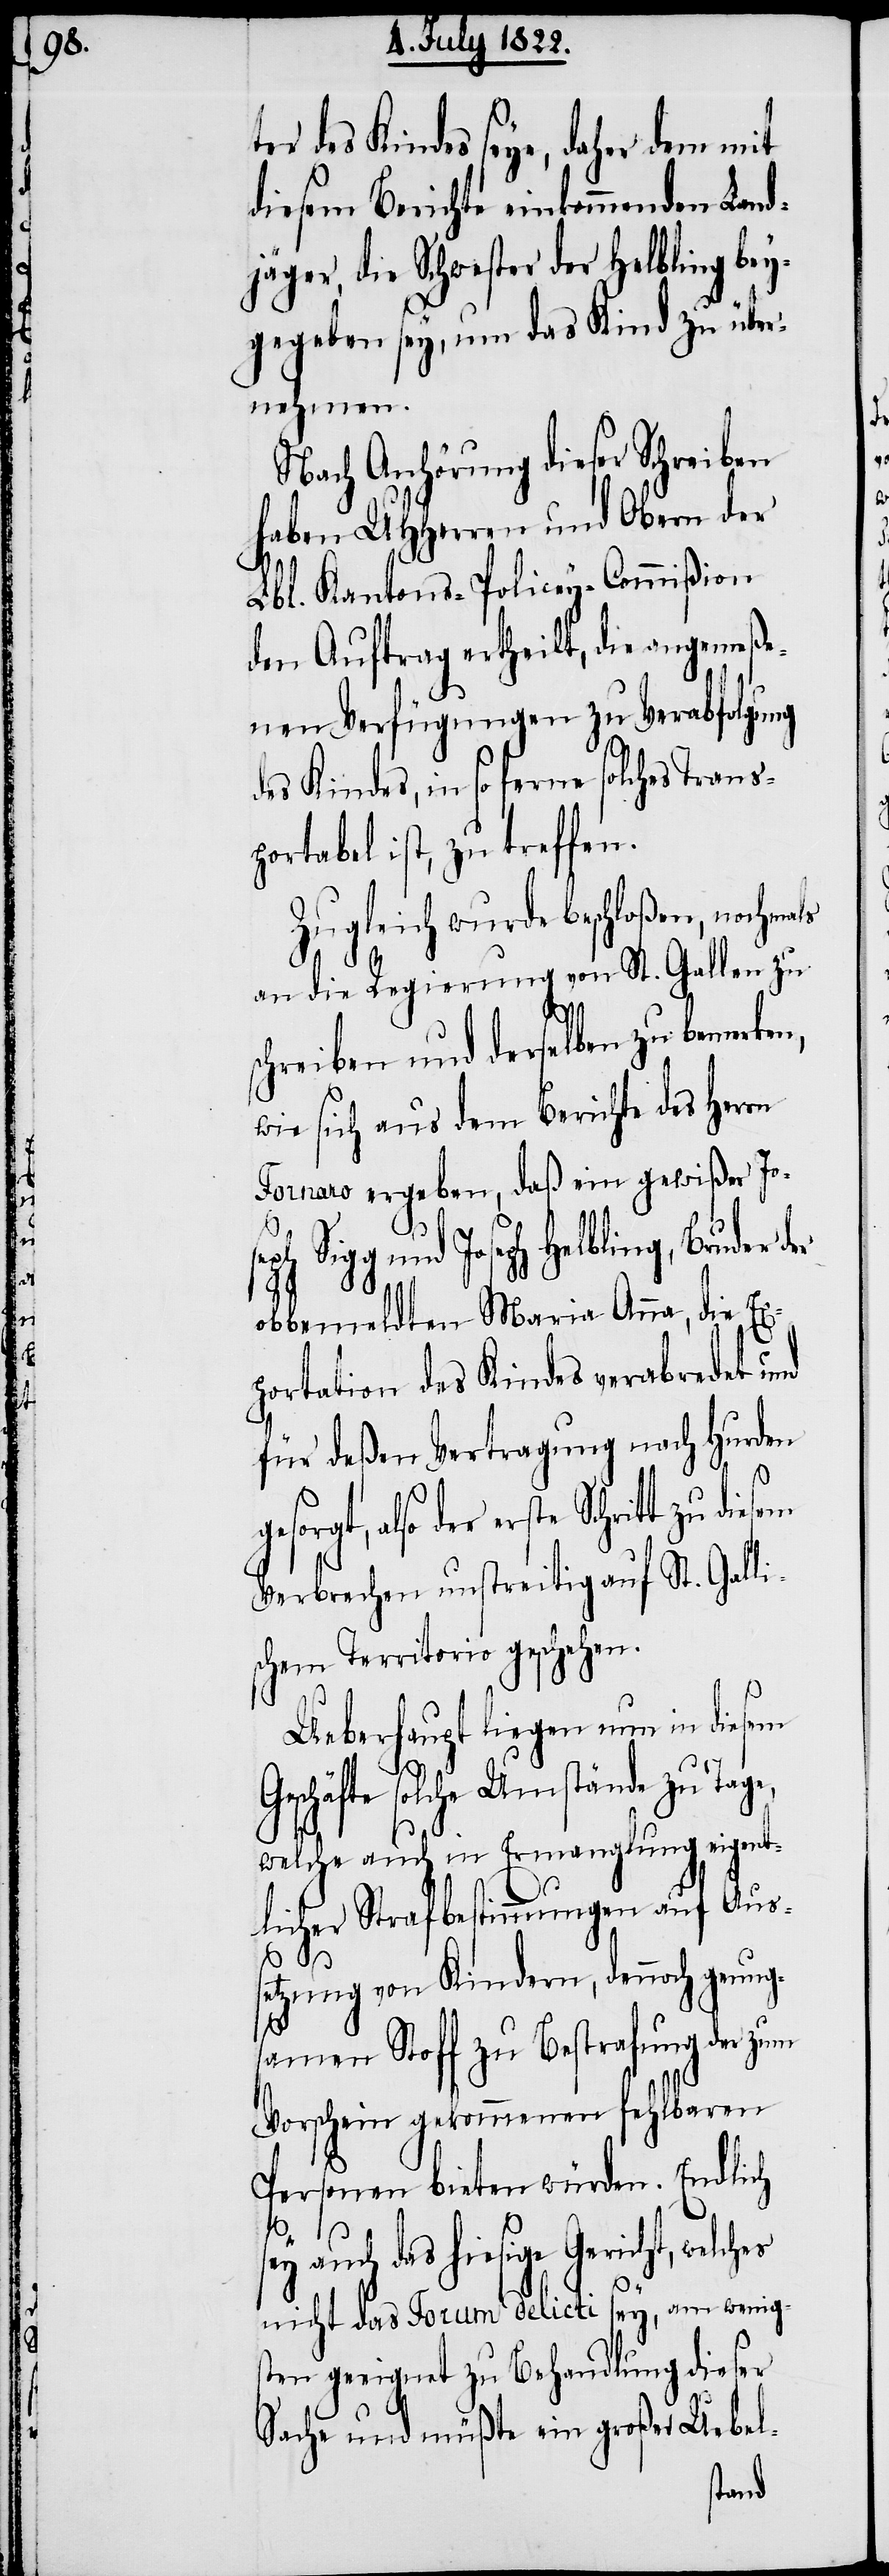
er des Kindes seye, daher dem mit
diesem Berichte einkommenden Land¬
jäger, die Schwester der Helbling bey¬
gegeben sey, um das Kind zu über¬
nehmen.
Nach Anhörung dieser Schreiben
haben UHHerren und Obern der
Lbl. Kantons-Policey-Commißion
den Auftrag ertheilt, die angemeße¬
nen Verfügungen zu Verabfolgung
des Kindes, in so ferne solches Trans¬
portabel ist, zu treffen.
Zugleich wurde beschloßen, nochmals
an die Regierung von St. Gallen zu
schreiben und derselben zu bemerke¬
wie sich aus dem Berichte des Herrn
Fornaro ergeben, daß ein gewißer Jo¬
Sigg und Joseph Helbling, Bruder
obbemeldten Maria Anna, die Ex¬
portation des Kindes verabredet und
für deßen Vertragung nach Hurden
also der erste Schritt zu diesem
Verbrechen unstreitig auf St. Galli¬
schem Territorio geschehen.
Ueberhaupt liegen nun in diesem
Geschäfte solche Umstände zu Tage,
welche auch in Ermangelung eigent¬
licher Strafbestimmungen auf Aus¬
setzung von Kindern, dennoch genug¬
samen Stoff zur Bestrafung der zum
Vorschein gekommenen fehlbaren
Personen bieten würden. Endlich
seph
das hiesige Gericht, welches
nicht das Forum delicti sey, am wenig¬
sten geeignet zu Behandlung dieser
Sache und müßte ein großer Uebel-